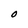
Character: 0